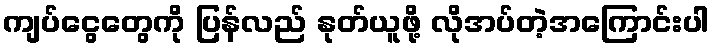
ကျပ်ငွေတွေကို ပြန်လည် နုတ်ယူဖို့ လိုအပ်တဲ့အကြောင်းပါ